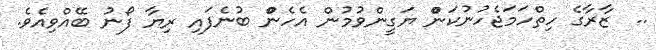
..  ޒާރާގެ ހިތްހަމަޖެހުނުކަންް ޔަގީންވުމުން އެހެންް ބުނެފައި ރިޔާ ފޯނު ބޭއްވިއެވެ.